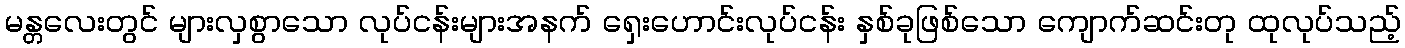
မန္တလေးတွင် များလှစွာသော လုပ်ငန်းများအနက် ရှေးဟောင်းလုပ်ငန်း နှစ်ခုဖြစ်သော ကျောက်ဆင်းတု ထုလုပ်သည့်